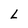
Character: L